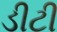
ડીટી